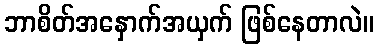
ဘာစိတ်အနှောက်အယှက် ဖြစ်နေတာလဲ။